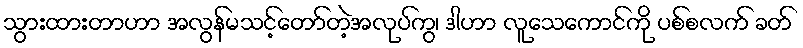
သွားထားတာဟာ အလွန်မသင့်တော်တဲ့အလုပ်ကွ၊ ဒါဟာ လူသေကောင်ကို ပစ်စလက် ခတ်